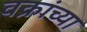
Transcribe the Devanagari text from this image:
वक्रांच्या